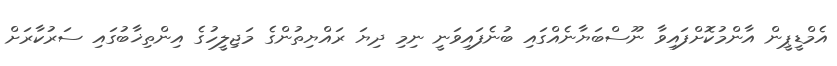
އެމްޑީޕީން އާންމުކޮށްފައިވާ ނޫސްބަޔާނެއްގައި ބުނެފައިވަނީ ނިމި ދިޔަ ރައްޔިތުންގެ މަޖިލީހުގެ އިންތިޚާބުގައި ސަރުކާރަށް